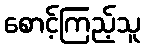
စောင့်ကြည့်သူ